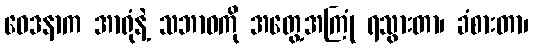
ဝေဒနာက အာရုံနဲ့ သဘာဝကို အတွေ့အကြုံ ရသွားတာ၊ ခံစားတာ၊